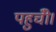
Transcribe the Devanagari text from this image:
पहुचीँ।